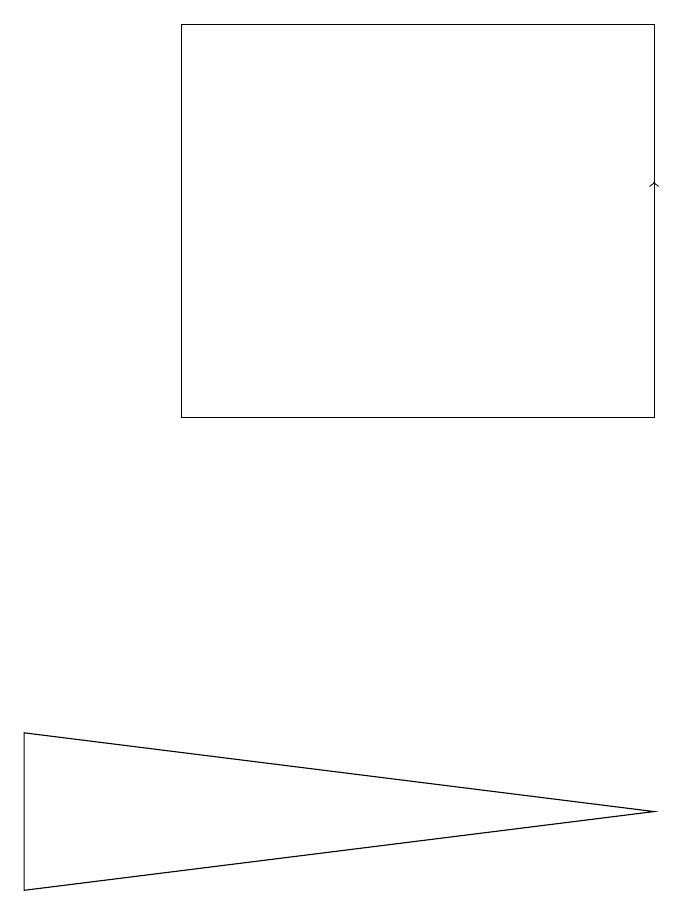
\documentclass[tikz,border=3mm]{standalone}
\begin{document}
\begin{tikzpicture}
\draw (0,7) -- (0,9) -- (8,8) -- cycle;
\draw (8,13) rectangle (2,18);
\draw[->] (8,14) -- (8,16);
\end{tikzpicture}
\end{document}